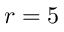
r = 5